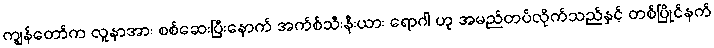
ကျွန်တော်က လူနာအား စစ်ဆေးပြီးနောက် အက်စ်သီးနီးယား ရောဂါ ဟု အမည်တပ်လိုက်သည်နှင့် တစ်ပြိုင်နက်